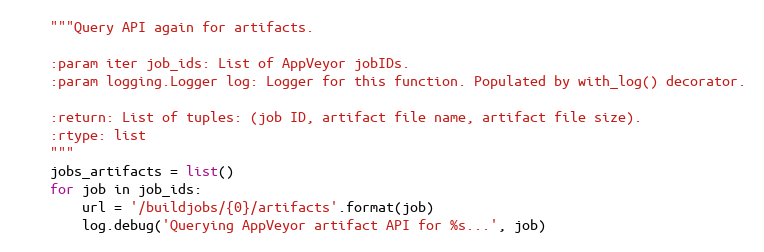
Language: Python
    """Query API again for artifacts.

    :param iter job_ids: List of AppVeyor jobIDs.
    :param logging.Logger log: Logger for this function. Populated by with_log() decorator.

    :return: List of tuples: (job ID, artifact file name, artifact file size).
    :rtype: list
    """
    jobs_artifacts = list()
    for job in job_ids:
        url = '/buildjobs/{0}/artifacts'.format(job)
        log.debug('Querying AppVeyor artifact API for %s...', job)